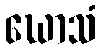
ဃောသံ